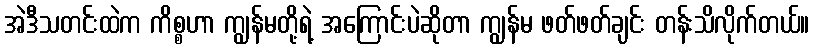
အဲဒီသတင်းထဲက ကိစ္စဟာ ကျွန်မတို့ရဲ့ အကြောင်းပဲဆိုတာ ကျွန်မ ဖတ်ဖတ်ချင်း တန်းသိလိုက်တယ်။